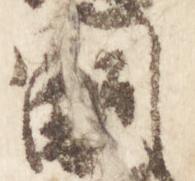
嗣